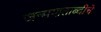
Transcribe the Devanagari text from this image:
जन्मशताब्दीचे